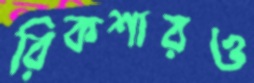
রিকশারও